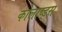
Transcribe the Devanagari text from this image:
कोलाय्ड्स